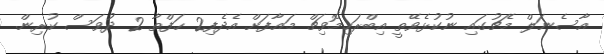
އާސެނަލް މެޗުގައި ނުކުޅެވޭތީ އިބްރަހިމޮވިޗް މައާފަށް އެދެފި2 ހަފްތާ 2 ދުވަސް ކުރިން.